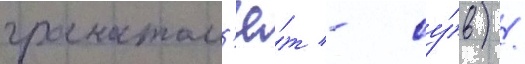
гранатом'ё́т - су́в) /